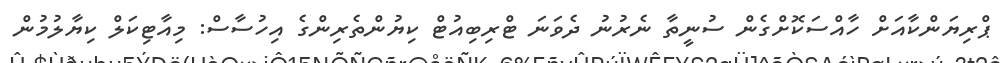
ޕްރިޔަންކާއަށް ހާއްސަކޮށްގެން ސުނީތާ ނެރުނު ދެވަނަ ޓްރިބިއުޓް ކިޔުންތެރިންގެ އިހުސާސް: މިއާޓިކަލް ކިޔާލުމުން